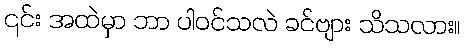
၎င်း အထဲမှာ ဘာ ပါဝင်သလဲ ခင်ဗျား သိသလား။